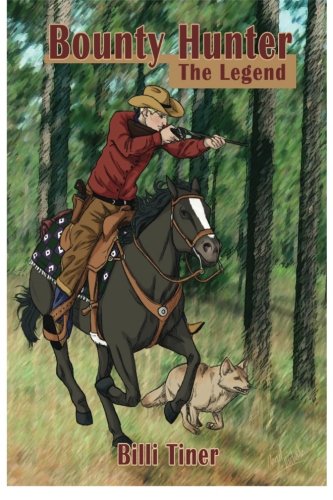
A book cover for Bounty Hunter: The Legend (Volume 3); Billi Tiner; Teen & Young Adult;